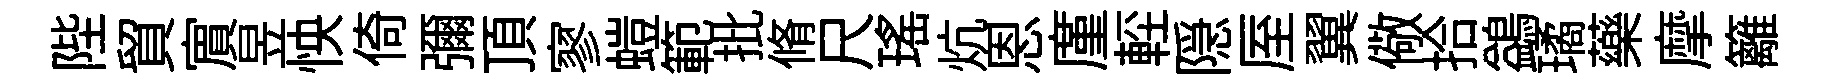
陛貿賔昱怏倚彌頂寥螘範批脩尺瑶炕恩廑䡖隠厔翼儆拾鷁璚藥摩籬